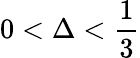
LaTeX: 0<\Delta<{\frac{1}{3}}